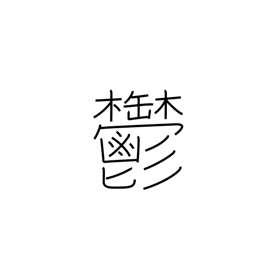
Meaning: melancholy